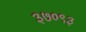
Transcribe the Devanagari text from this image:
३७०९३